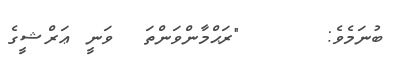
ބުނަމެވެ:      "ރަޙްމާންވަންތަ  ވަނީ ޢަރްޝީގެ